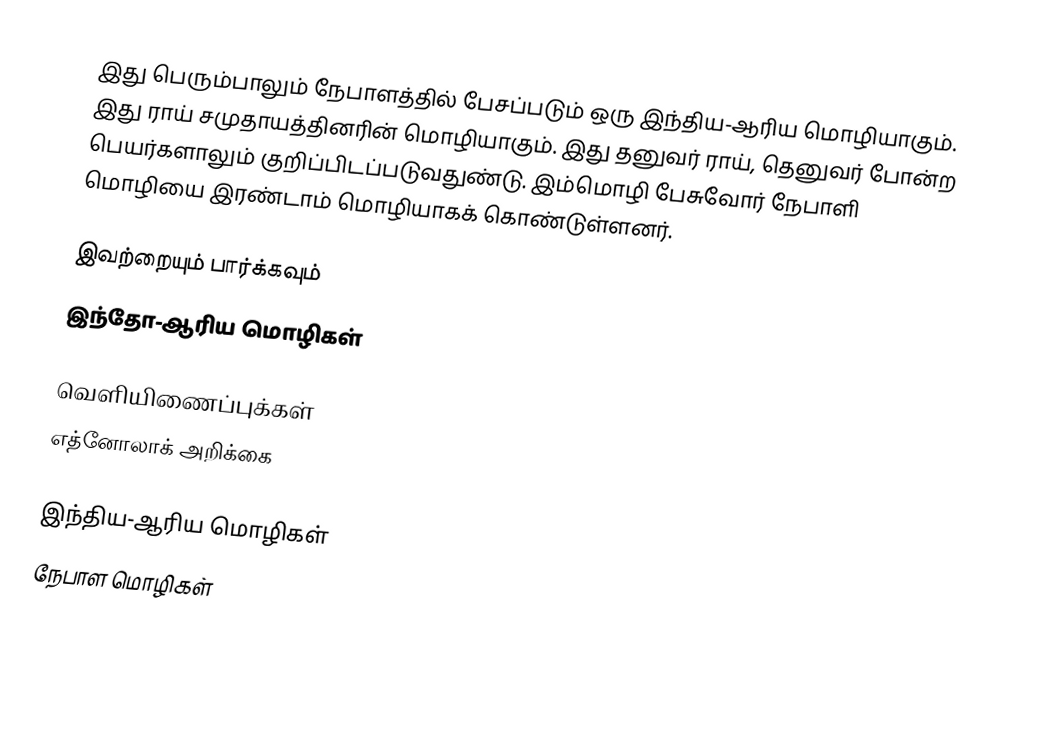
இது பெரும்பாலும் நேபாளத்தில் பேசப்படும் ஒரு இந்திய-ஆரிய மொழியாகும். இது ராய் சமுதாயத்தினரின் மொழியாகும். இது தனுவர் ராய், தெனுவர் போன்ற பெயர்களாலும் குறிப்பிடப்படுவதுண்டு. இம்மொழி பேசுவோர் நேபாளி மொழியை இரண்டாம் மொழியாகக் கொண்டுள்ளனர்.

இவற்றையும் பார்க்கவும்
 இந்தோ-ஆரிய மொழிகள்

வெளியிணைப்புக்கள்
 எத்னோலாக் அறிக்கை

இந்திய-ஆரிய மொழிகள்
நேபாள மொழிகள்